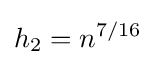
h_{2}=n^{7/16}